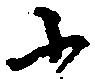
小